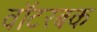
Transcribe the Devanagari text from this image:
वॉटरबक